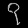
Digit: ၇